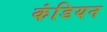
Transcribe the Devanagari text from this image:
कंडियन